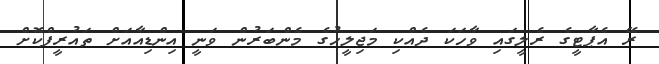
ރޭ އެޕާޓީގެ ރެލީގައި ވާހަކަ ދެއްކި މަޖިލީހުގެ މެންބަރުން ވަނީ އިންޑިއާއަށް ތައުރީފްކޮށް